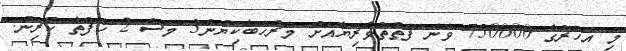
މި އަހަރުގެ 750000 ވަނަ ފަތުތުވެރިޔާއަށް މަރުހަބާކިޔުން3 މަސް 2 ހަފްތާ ކުރިން.